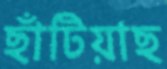
ছাঁটিয়াছ